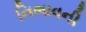
નિભાવની